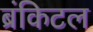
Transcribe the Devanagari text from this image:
ब्रंकिटल